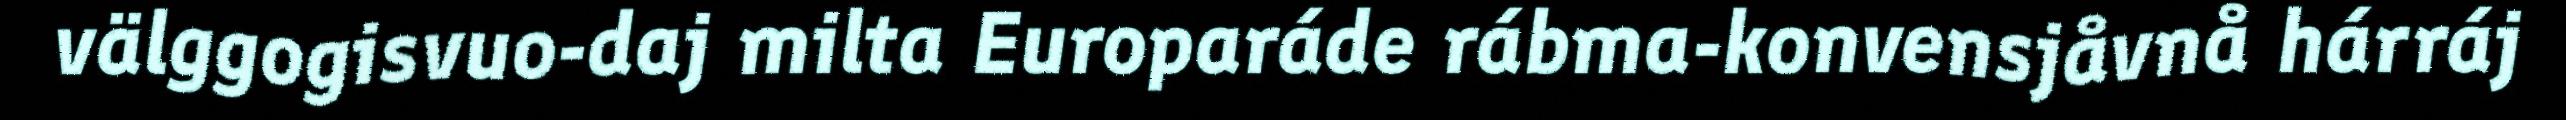
välggogisvuo-daj milta Europaráde rábma-konvensjåvnå hárráj